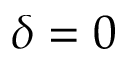
\delta = 0